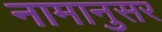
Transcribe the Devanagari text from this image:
नामानुसर